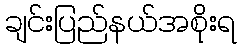
ချင်းပြည်နယ်အစိုးရ